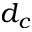
d _ { c }